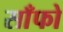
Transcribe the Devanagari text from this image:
साँफो